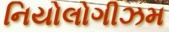
નિયોલોગીઝમ